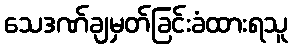
သေဒဏ်ချမှတ်ခြင်းခံထားရသူ